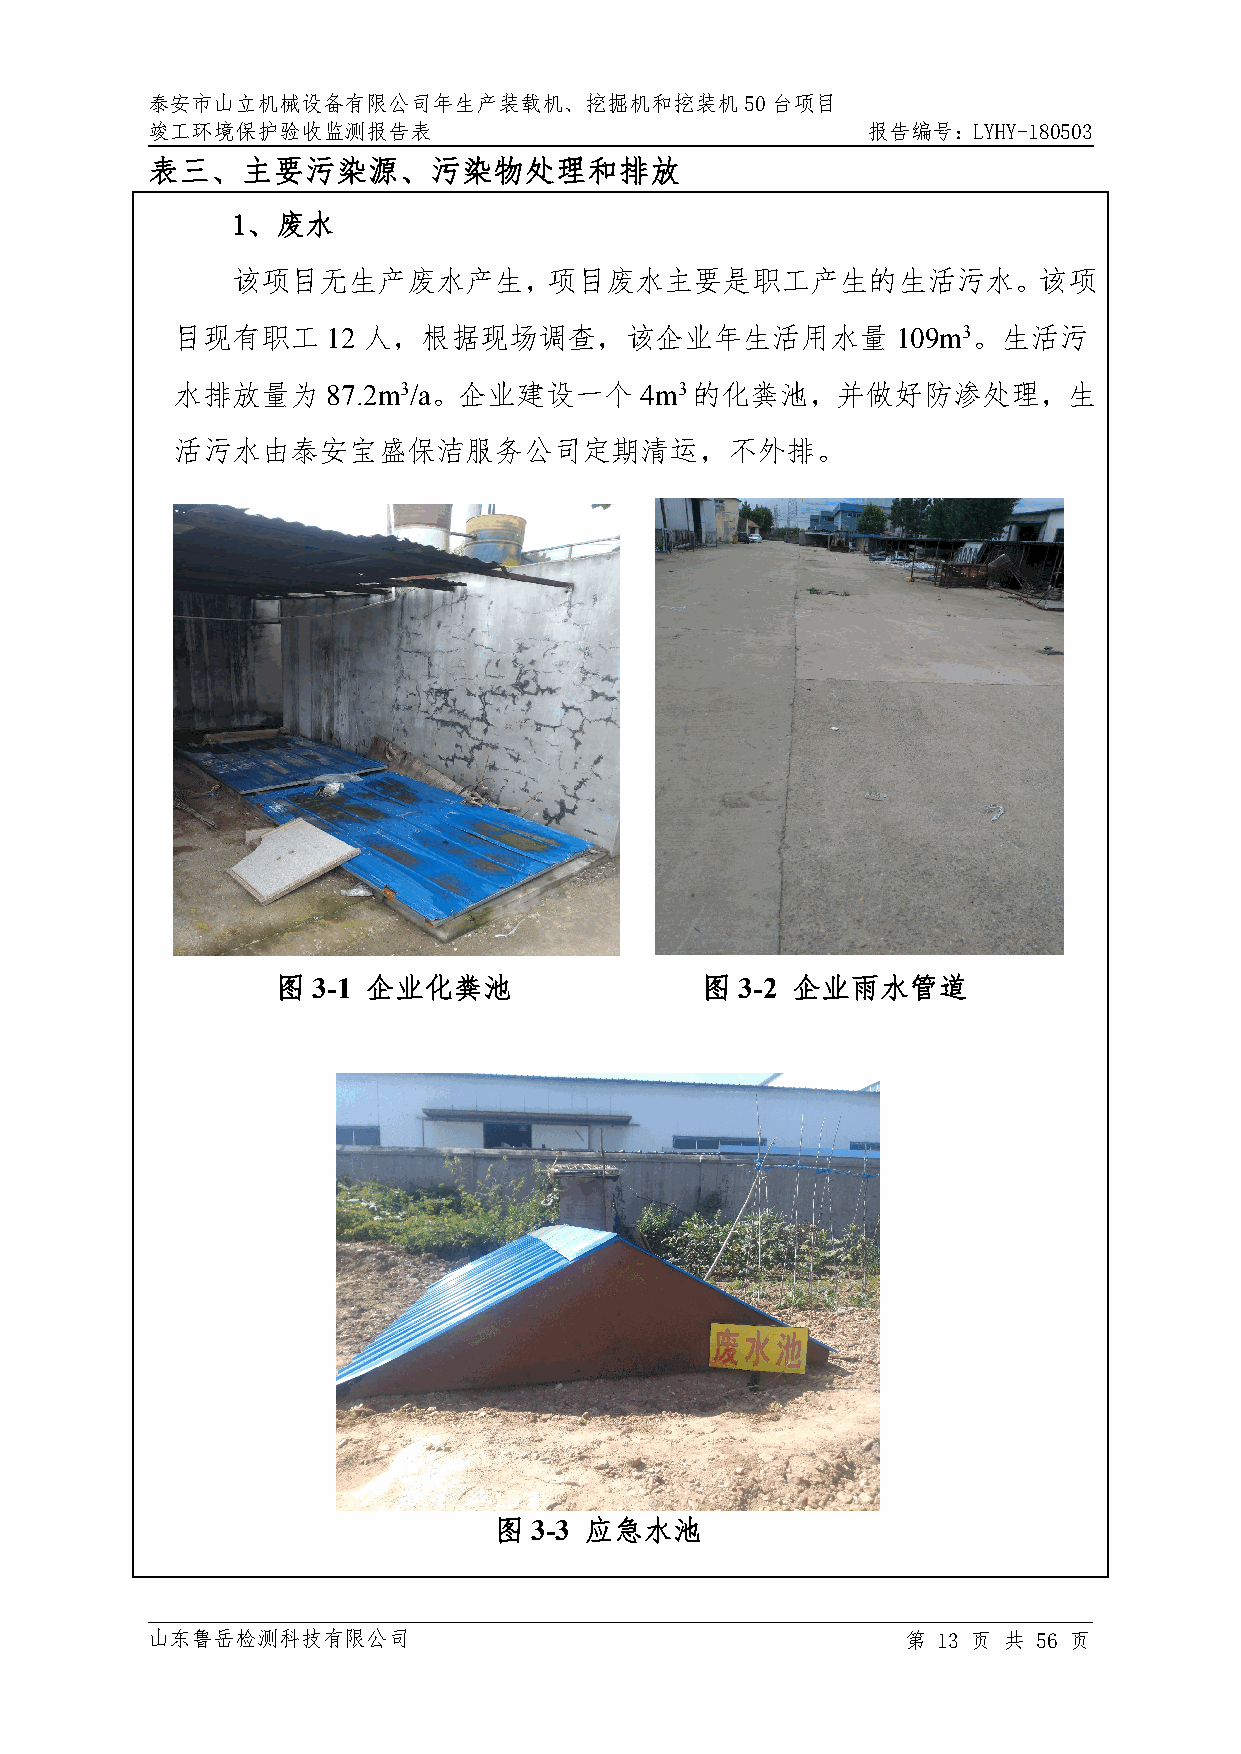
泰安市山立机械设备有限公司年生产装载机、挖掘机和挖装机50台项目
 竣工环境保护验收监测报告表                                  报告编号：LYHY-180503
 表三、主要污染源、污染物处理和排放
 1、废水
 该项目无生产废水产生，项目废水主要是职工产生的生活污水。该项
 目现有职工      12 人，根据现场调查，该企业年生活用水量                109m3。生活污
 水排放量为      87.2m3/a。企业建设一个     4m3的化粪池，并做好防渗处理，生
 活污水由泰安宝盛保洁服务公司定期清运，不外排。
 图  3-1 企业化粪池                图  3-2 企业雨水管道
 图 3-3 应急水池
 山东鲁岳检测科技有限公司                                      第 13 页 共 56 页